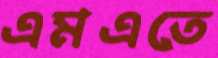
এমএতে